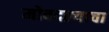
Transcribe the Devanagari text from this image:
मोबदल्याचा